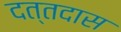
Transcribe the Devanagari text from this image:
दत्तदास